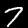
Digit: 7